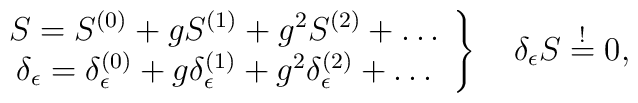
\left.\begin{array}{c}S=S^{(0)}+gS^{(1)}+g^2S^{(2)}+\dots\\\delta_\epsilon=\delta^{(0)}_\epsilon+g\delta^{(1)}_\epsilon+g^2\delta^{(2)}_\epsilon+\dots \end{array}\right\}\quad \delta_\epsilon S\stackrel{!}{=}0,